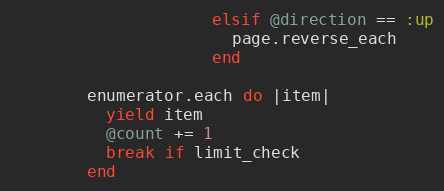
Language: Ruby
                     elsif @direction == :up
                       page.reverse_each
                     end

        enumerator.each do |item|
          yield item
          @count += 1
          break if limit_check
        end